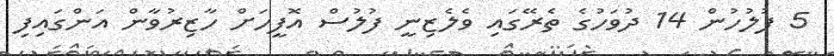
5 ފުލުހުން 14 ދުވަހުގެ ތެރޭގައި ވެލެޒިނީ ފުލުސް އޮފީހަށް ހާޒިރުވާން އަންގައިފި